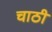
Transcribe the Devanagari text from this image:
चाठी